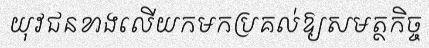
យុវជនខាងលើយកមកប្រគល់ឱ្យសមត្ថកិច្ច